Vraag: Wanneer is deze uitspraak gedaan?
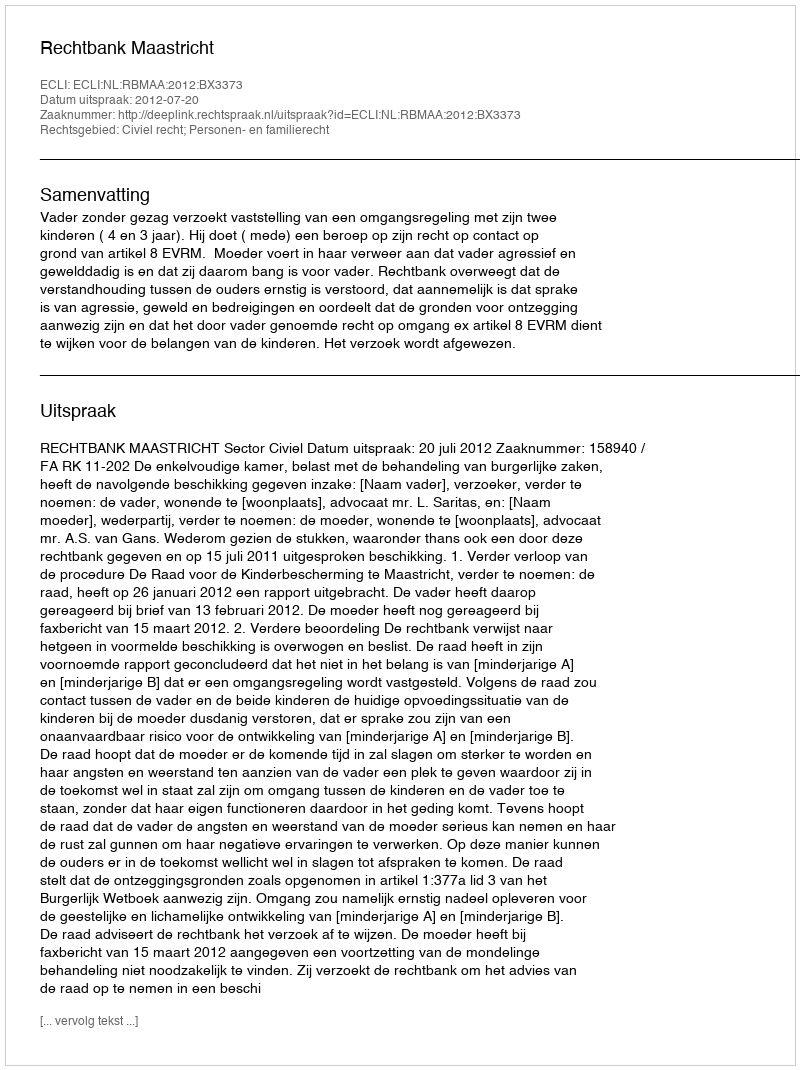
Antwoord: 2012-07-20